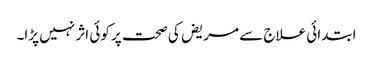
ابتدائی علاج سے مریض کی صحت پر کوئی اثر نہیں پڑا۔